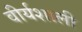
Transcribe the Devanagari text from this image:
वीर्यशाली